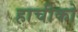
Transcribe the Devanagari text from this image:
हाचीको